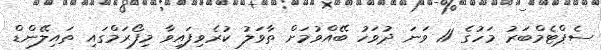
ސެޕްޓެމްބަރު މަހުގެ 11 ވަނަ ދުވަހު ބޭއްވުމަށް ތާވަލު ކުރެވިފައިވާ މިފޯރަމްގައި ތައިލޭންޑް